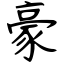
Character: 豪